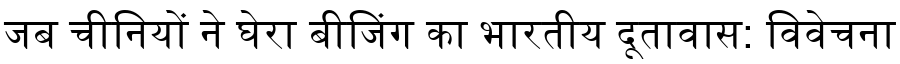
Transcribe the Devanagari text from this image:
जब चीनियों ने घेरा बीजिंग का भारतीय दूतावास: विवेचना